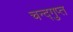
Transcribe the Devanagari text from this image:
चन्द्गुप्त